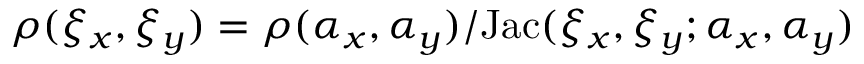
\rho ( \xi _ { x } , \xi _ { y } ) = \rho ( \alpha _ { x } , \alpha _ { y } ) / \mathrm { J a c } ( \xi _ { x } , \xi _ { y } ; \alpha _ { x } , \alpha _ { y } )